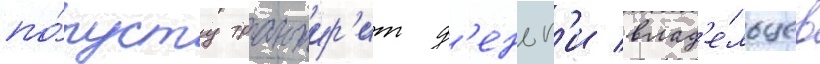
по́пусту транжир'ит д'еньг'и влад'е́льцев